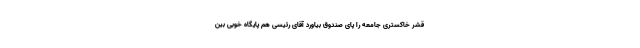
قشر خاکستری جامعه را پای صندوق بیاورد آقای رئیسی هم پایگاه خوبی بین